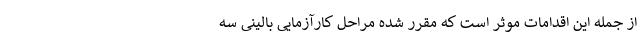
از جمله این اقدامات موثر است که مقرر شده مراحل کارآزمایی بالینی سه